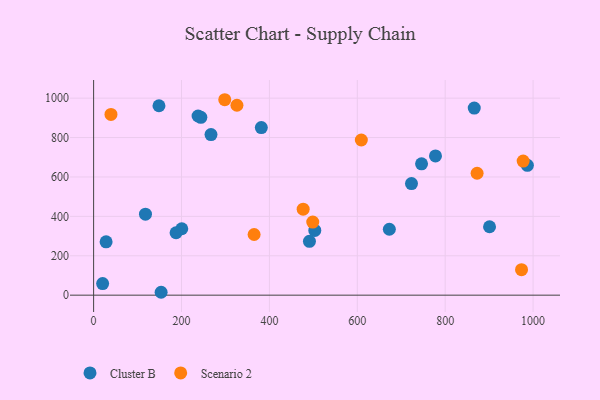
{"axis": {"x": "Experience", "y": "Profit"}, "legend": ["Cluster B", "Scenario 2"], "data": [{"x": "244.0", "y": 902.8, "type": "Cluster B"}, {"x": "723.3", "y": 566.2, "type": "Cluster B"}, {"x": "20.5", "y": 59.0, "type": "Cluster B"}, {"x": "148.7", "y": 961.5, "type": "Cluster B"}, {"x": "267.1", "y": 815.3, "type": "Cluster B"}, {"x": "153.6", "y": 14.7, "type": "Cluster B"}, {"x": "503.3", "y": 328.8, "type": "Cluster B"}, {"x": "237.7", "y": 909.3, "type": "Cluster B"}, {"x": "987.0", "y": 659.2, "type": "Cluster B"}, {"x": "381.6", "y": 850.7, "type": "Cluster B"}, {"x": "118.0", "y": 411.2, "type": "Cluster B"}, {"x": "900.9", "y": 347.4, "type": "Cluster B"}, {"x": "672.9", "y": 334.5, "type": "Cluster B"}, {"x": "866.1", "y": 949.6, "type": "Cluster B"}, {"x": "491.1", "y": 273.5, "type": "Cluster B"}, {"x": "28.4", "y": 270.7, "type": "Cluster B"}, {"x": "200.6", "y": 337.0, "type": "Cluster B"}, {"x": "187.6", "y": 316.7, "type": "Cluster B"}, {"x": "777.9", "y": 706.6, "type": "Cluster B"}, {"x": "746.2", "y": 666.9, "type": "Cluster B"}, {"x": "298.4", "y": 992.0, "type": "Scenario 2"}, {"x": "609.2", "y": 787.6, "type": "Scenario 2"}, {"x": "977.4", "y": 680.8, "type": "Scenario 2"}, {"x": "476.8", "y": 436.4, "type": "Scenario 2"}, {"x": "498.6", "y": 371.2, "type": "Scenario 2"}, {"x": "365.2", "y": 308.0, "type": "Scenario 2"}, {"x": "973.7", "y": 129.2, "type": "Scenario 2"}, {"x": "872.6", "y": 618.9, "type": "Scenario 2"}, {"x": "326.1", "y": 963.9, "type": "Scenario 2"}, {"x": "39.5", "y": 917.3, "type": "Scenario 2"}]}